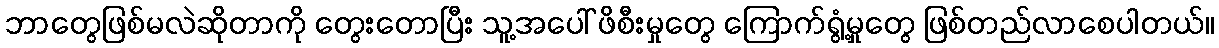
ဘာတွေဖြစ်မလဲဆိုတာကို တွေးတောပြီး သူ့အပေါ် ဖိစီးမှုတွေ ကြောက်ရွံ့မှုတွေ ဖြစ်တည်လာစေပါတယ်။